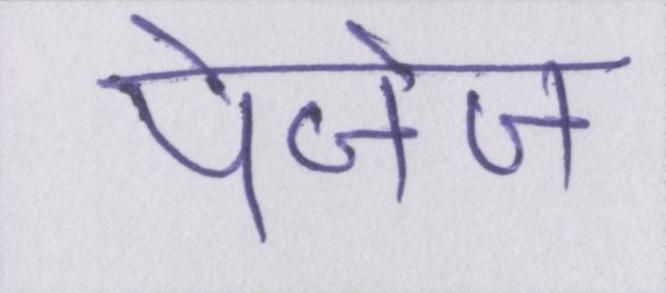
पेजेज